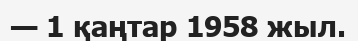
— 1 қаңтар 1958 жыл.